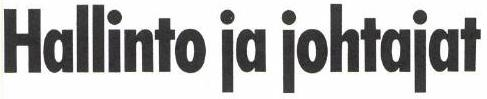
Hallinto ja johtajat